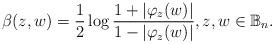
LaTeX: \begin{align*} \beta(z,w)= \dfrac{1}{2} \log \dfrac{1+|\varphi_z(w)|}{1-|\varphi_z(w)|}, z,w\in \mathbb{B}_n.\end{align*}